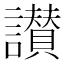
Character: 讃